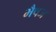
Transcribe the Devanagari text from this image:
भैषज